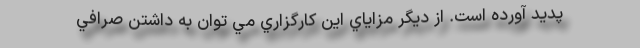
پديد آورده است. از ديگر مزاياي اين كارگزاري مي توان به داشتن صرافي